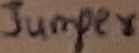
Text: Jumper